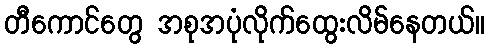
တီကောင်တွေ အစုအပုံလိုက်ထွေးလိမ်နေတယ်။